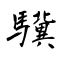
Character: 驥